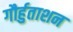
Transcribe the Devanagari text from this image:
गौर्हुताशन